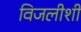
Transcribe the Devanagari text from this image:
विजलीशी